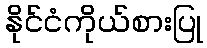
နိုင်ငံကိုယ်စားပြု